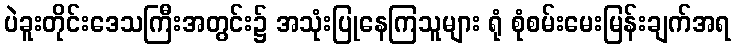
ပဲခူးတိုင်းဒေသကြီးအတွင်း၌ အသုံးပြုနေကြသူများ ရုံ စုံစမ်းမေးမြန်းချက်အရ